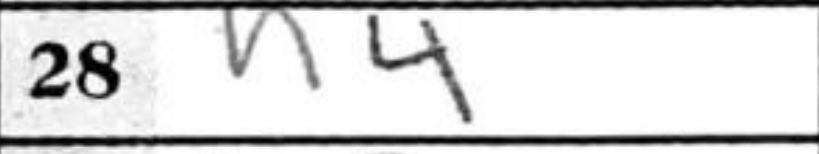
Transcription: h4